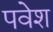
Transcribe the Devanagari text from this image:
पवेश